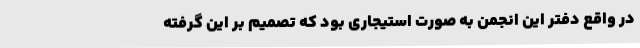
در واقع دفتر این انجمن به صورت استیجاری بود که تصمیم بر این گرفته